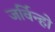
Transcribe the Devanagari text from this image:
जर्विन्हो